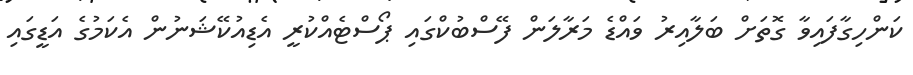
ކަންހިގާފައިވާ ގޮތަށް ބަލާއިރު ވައްޑެ މަރާލަން ފޭސްބުކްގައި ޕޯސްޓެއްކުރީ އެޑިއުކޭޝަނުން އެކަމުގެ އަޑީގައި